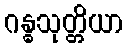
ဂန္ဓသုတ္တိယာ